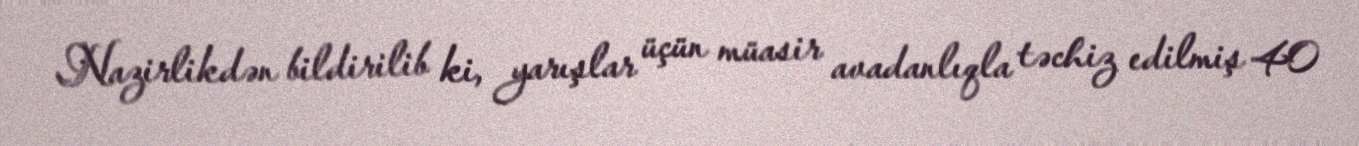
Nazirlikdən bildirilib ki, yarışlar üçün müasir avadanlıqla təchiz edilmiş 40